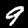
Digit: 9